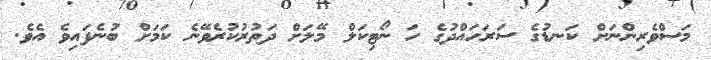
މަސްވެރިންނަށް ކަނޑުގެ ސަރަހައްދުގެ ހަ ނޯޓިކަލް މޭލަށް ދަތުރުކުރެވޭނެ ކަމަށް ބުނެފައިވެ އެވެ.